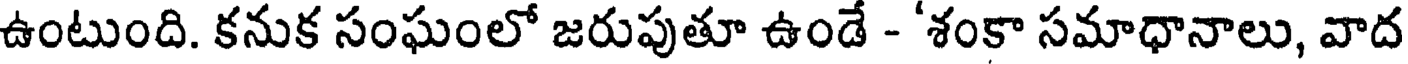
ఉంటుంది. కనుక సంఘంలో జరుపుతూ ఉండే - 'శంకా సమాధానాలు, వాద